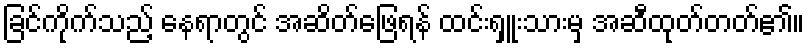
ခြင်ကိုက်သည့် နေရာတွင် အဆိတ်ဖြေရန် ထင်းရှူးသားမှ အဆီထုတ်တတ်၏။